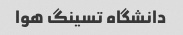
دانشگاه تسینگ هوا